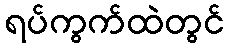
ရပ်ကွက်ထဲတွင်